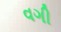
વગી